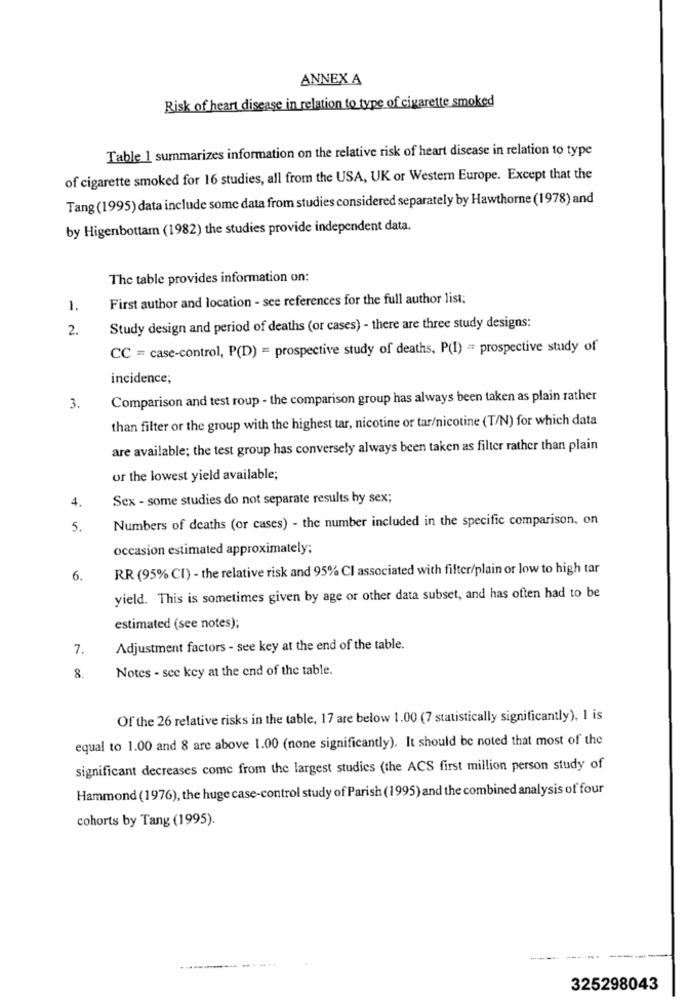
ANNEX A
Risk of heart disease in relation to type of cigarette smoked
Table 1 summarizes information on the relative risk of heart disease in relation to type
of cigarette smoked for 16 studies, all from the USA, UK or Western Europe. Except that the
Tang (1995) data include some data from studies considered separately by Hawthorne (1978) and
by Higenbottam (1982) the studies provide independent data.
The table provides information on:
First author and location - see references for the full author list;
1.
2.
Study design and period of deaths (or cases) - there are three study designs:
CC = case-control, P(D) = prospective study of deaths, P(1) = prospective study of
incidence;
Comparison and test roup - the comparison group has always been taken as plain rather
3.
than filter or the group with the highest tar, nicotine or tar/nicotine (T/N) for which data
are available; the test group has conversely always been taken as filter rather than plain
or the lowest yield available;
4.
Sex - some studies do not separate results by sex;
Numbers of deaths (or cases) - the number included in the specific comparison, on
5.
occasion estimated approximately:
RR (95% CI) - the relative risk and 95% CI associated with filter/plain or low to high tar
6.
yield. This is sometimes given by age or other data subset, and has often had to be
estimated (see notes);
7.
Adjustment factors - see key at the end of the table.
Notes - see key at the end of the table.
8.
Of the 26 relative risks in the table, 17 are below 1.00 (7 statistically significantly), I is
equal to 1.00 and 8 are above 1.00 (none significantly). It should be noted that most of the
significant decreases come from the largest studies (the ACS first million person study of
Hammond (1976), the huge case-control study of Parish (1995) and the combined analysis of four
cohorts by Tang (1995).
325298043